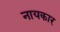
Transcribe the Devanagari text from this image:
नायकार